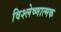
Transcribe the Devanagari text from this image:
विश्लेष्णात्मक